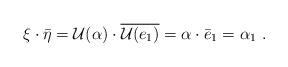
\begin{align*} \xi\cdot\bar\eta=\mathcal U(\alpha)\cdot \overline{\mathcal U(e_1)}=\alpha\cdot \bar e_1=\alpha_1\ .\end{align*}